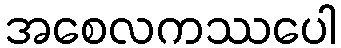
အစေလကဿပေါ